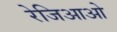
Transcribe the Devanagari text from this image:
रेजिआओ